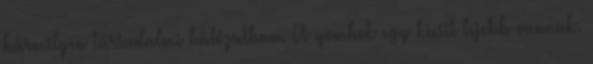
bármilyen társadalmi hálózatban. A gombok egy kicsit lejebb vannak.